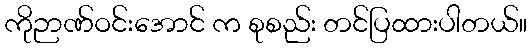
ကိုဉာဏ်ဝင်းအောင် က စုစည်း တင်ပြထားပါတယ်။